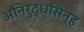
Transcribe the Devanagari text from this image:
अनिरुद्धसिन्ह